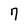
Character: 7